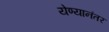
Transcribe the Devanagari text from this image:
येण्यानंतर